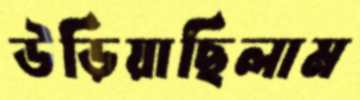
উড়িয়াছিলাম